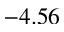
- 4 . 5 6